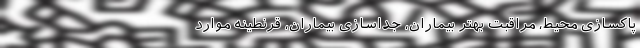
پاکسازی محیط، مراقبت بهتر بیماران، جداسازی بیماران، قرنطینه موارد